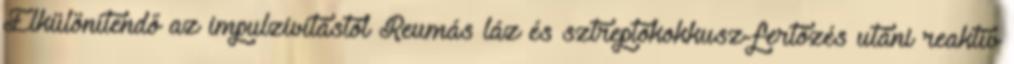
Elkülönítendő az impulzivitástól Reumás láz és sztreptokokkusz-fertőzés utáni reaktív